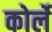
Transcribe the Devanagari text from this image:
कोर्ले